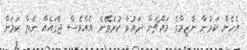
އެހެން ކަމުން ނާޒިމްގެ މައްޗަށް ދައުވާ ކުރެވޭނެ އެއްވެސް ޖާގައެއް ނެތް ކަމަށް